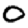
Digit: 0